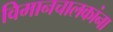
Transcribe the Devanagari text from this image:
विमानचालकांना